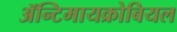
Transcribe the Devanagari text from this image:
ॲन्टिमायक्रोबियल